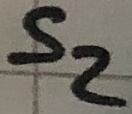
Text: S2